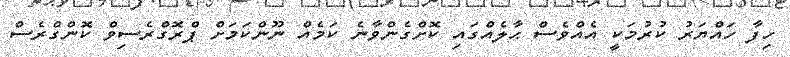
ހިފާ ހައްޔަރު ކުރުމަކީ އެއްވެސް ޙާލެއްގައި ކޮށްގެންވާނެ ކަމެއް ނޫންކަމަށް ޕްރޮގްރެސިވް ކޮންގްރެސް